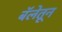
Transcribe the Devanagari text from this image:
बॅलेतून